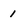
Character: 1